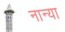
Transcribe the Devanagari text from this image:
नान्या